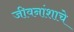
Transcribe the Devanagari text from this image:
जीवनांशाचे